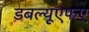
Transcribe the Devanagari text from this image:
डबल्यूएफए